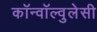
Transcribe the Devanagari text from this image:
कॉन्वॉल्वुलेसी